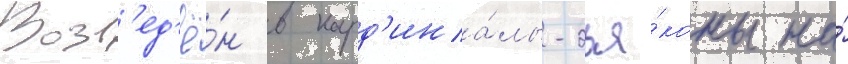
Возв'ед'ё́н в кард'ина́лы-дья́коны на́